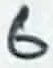
Text: 6